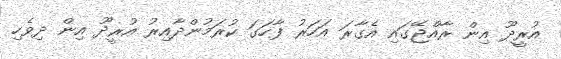
އުރީދޫ އިން ރާއްޖޭގައި އެގާރަ އަހަރު ފާހަގަ ކުރަމުންދާއިރު އުރީދޫ އިން ދިވެހި